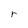
Character: r